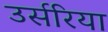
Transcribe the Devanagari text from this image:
उर्सरिया